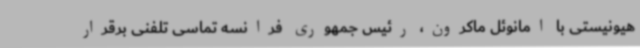
هیونیستی با امانوئل ماکرون، رئیس جمهوری فرانسه تماسی تلفنی برقرار